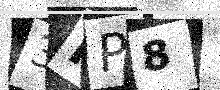
Text: 3HP8